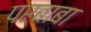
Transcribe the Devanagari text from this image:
परबाबा